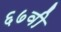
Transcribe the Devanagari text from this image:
६७वी